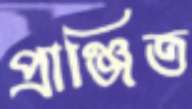
প্রাঞ্জিত